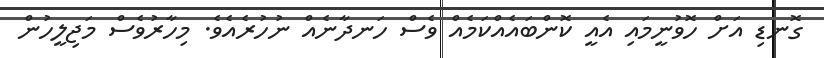
ގޮނޑި އަށް ހޮވުނީމައި އެއީ ކޮންބައެއްކަމެއް ވެސް ހަނދާނެއް ނުހުރެއެވެ. މިހާރުވެސް މަޖިލީހުން